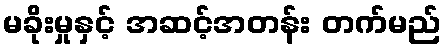
မခိုးမှုနှင့် အဆင့်အတန်း တက်မည်